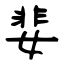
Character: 婓